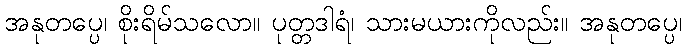
အနုတပ္ပေ၊ စိုးရိမ်သလော။ ပုတ္တဒါရံ၊ သားမယားကိုလည်း။ အနုတပ္ပေ၊